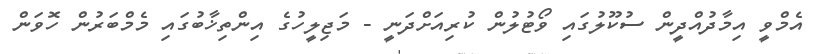
އެމްވީ އިމާދުއްދީން ސުކޫލުގައި ވޯޓުލުން ކުރިއަށްދަނީ - މަޖިލީހުގެ އިންތިޚާބުގައި މެމްބަރުން ހޮވަން